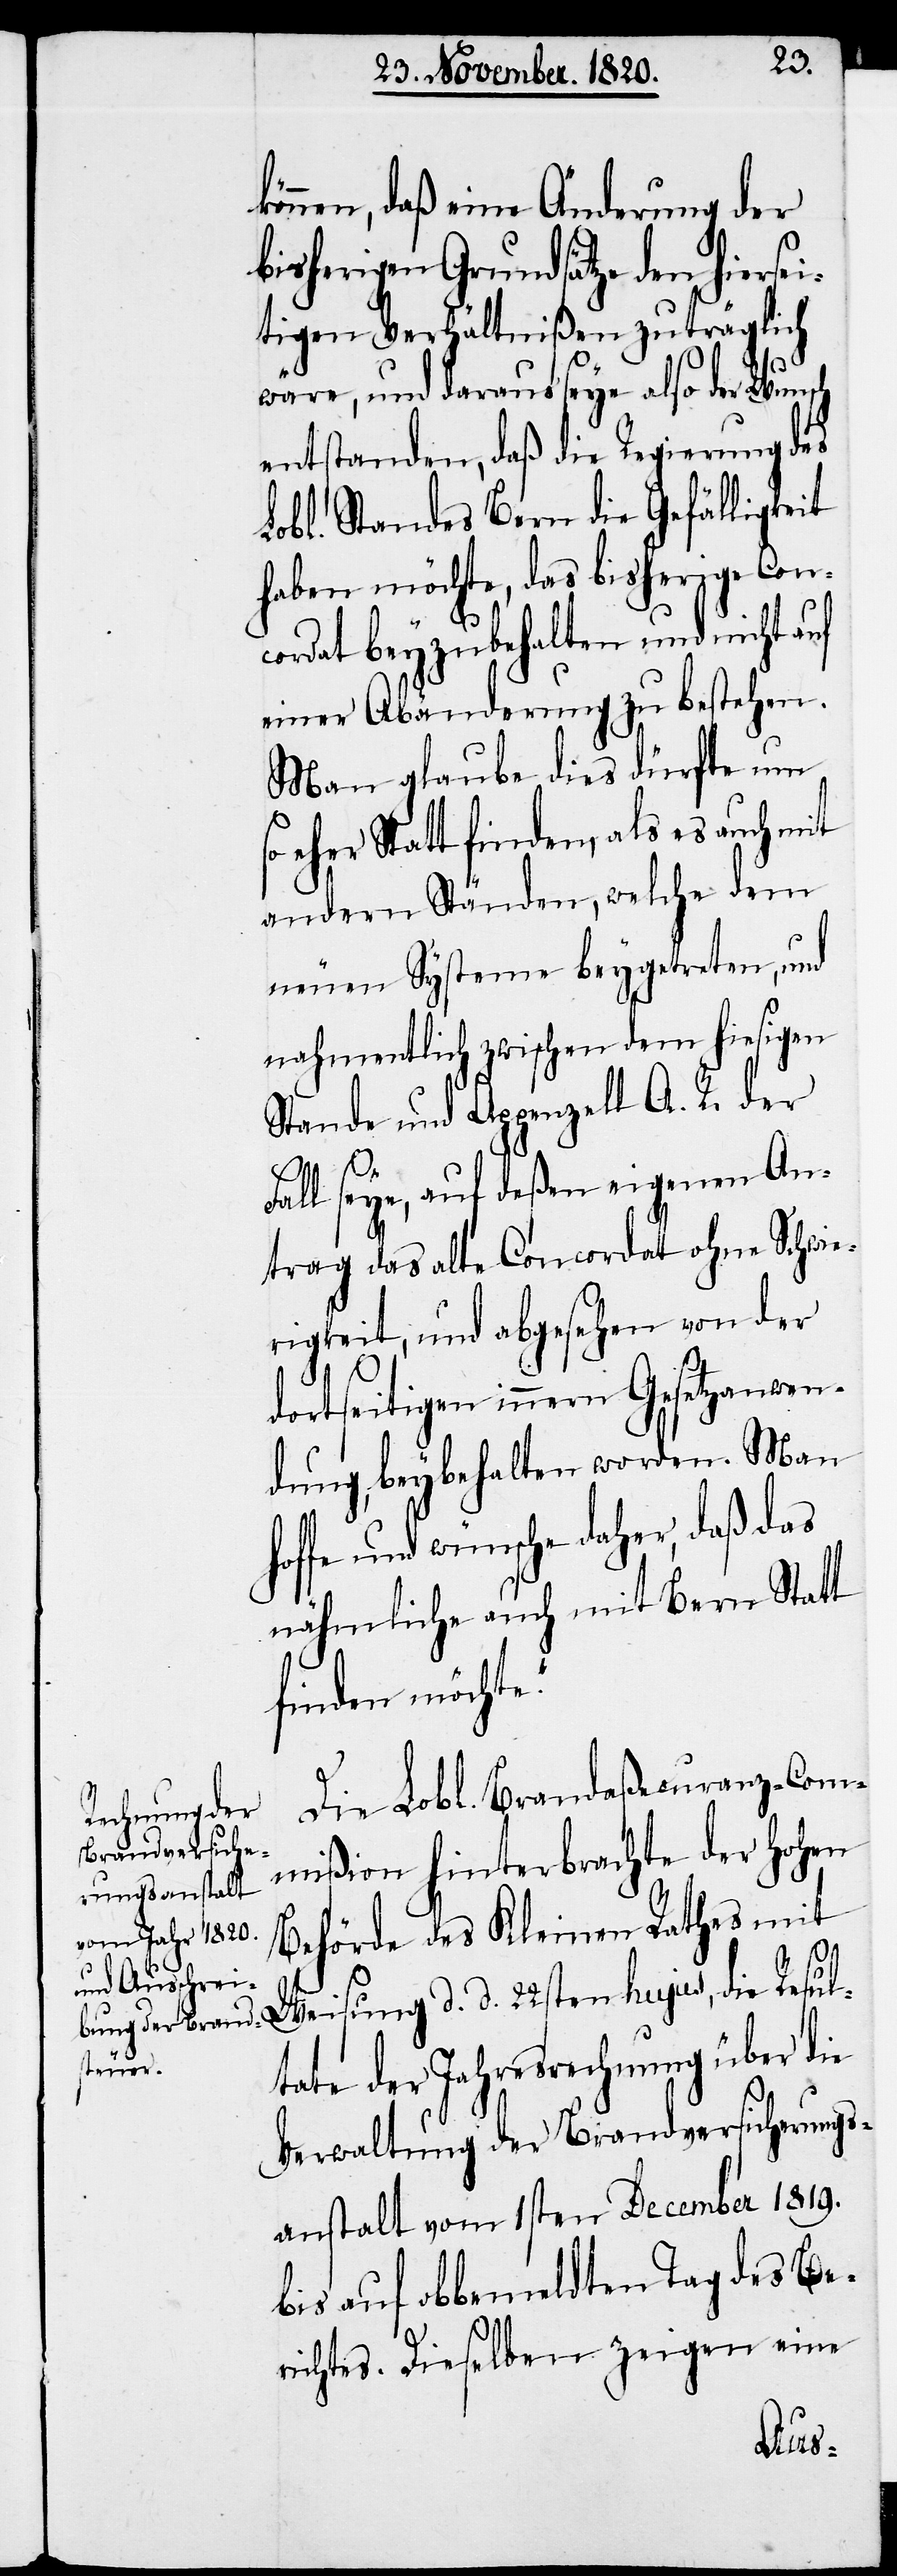
können, daß eine Änderung der
bisherigen Grundsätze den hiersei¬
tigen Verhältnißen zuträglich
wäre, und daraus seye also der Wunsch
entstanden, daß die Regierung des
Lobl. Standes Bern die Gefälligkeit
haben möchte, das bisherige Con¬
cordat beyzubehalten und nicht auf
einer Abänderung zu bestehen.
Man glaube dies dürfte um
eher Statt finden, als es auch mit
andern Ständen, welche dem
neuen Systeme beygetreten, und
nahmentlich zwischen dem hiesigen
Stande und Appenzell A. R. der
hof¬
Fall seye, auf deßen eigenen An¬
trag das alte Concordat ohne Schwie¬
rigkeit, und abgesehen von der
dortseitigen innern Gesetzanwen¬
dung, beybehalten worden. Man
fe und wünsche daher, daß das
nähmliche auch mit Bern Statt
finden möchte.“
Die Lobl. Brandaßecuranz-Com¬
mißion hinterbrachte der hohen
Behörde des Kleinen Rathes mit
Weisung d. d. 22sten hujus, die Resul¬
tate der Jahresrechnung über die
Verwaltung der Brandversicherungs¬
anstalt vom 1sten December 1819.
bis auf obbemeldten Tag des Be¬
richtes. Dieselben zeigen eine